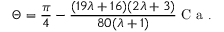
\Theta = \frac { \pi } { 4 } - \frac { ( 1 9 \lambda + 1 6 ) ( 2 \lambda + 3 ) } { 8 0 ( \lambda + 1 ) } \mathrm { ~ C ~ a ~ } .